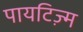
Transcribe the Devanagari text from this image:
पायटिज़्म